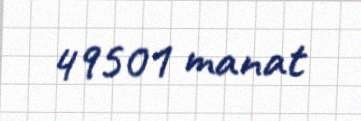
49501 manat